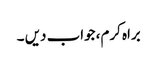
براہ کرم، جواب دیں ۔